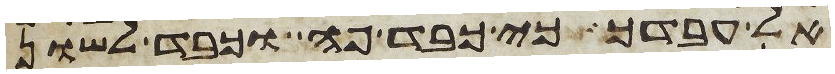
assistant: אל עבדך כי כבד פה וכבד לשון